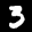
Label: 3